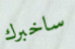
ساخبرك